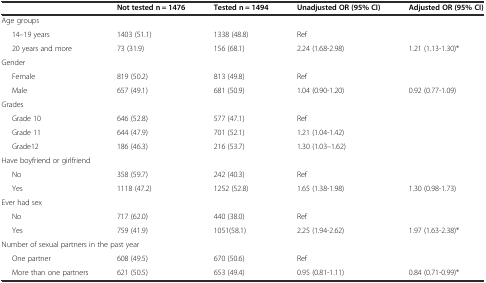
<table><thead><tr><td></td><td><b>Not tested n = 1476</b></td><td><b>Tested n = 1494</b></td><td><b>Unadjusted OR (95% CI)</b></td><td><b>Adjusted OR (95% CI)</b></td></tr></thead><tbody><tr><td>Age groups</td><td></td><td></td><td></td><td></td></tr><tr><td>14–19 years</td><td>1403 (51.1)</td><td>1338 (48.8)</td><td>Ref</td><td></td></tr><tr><td>20 years and more</td><td>73 (31.9)</td><td>156 (68.1)</td><td>2.24 (1.68-2.98)</td><td>1.21 (1.13-1.30)*</td></tr><tr><td>Gender</td><td></td><td></td><td></td><td></td></tr><tr><td>Female</td><td>819 (50.2)</td><td>813 (49.8)</td><td>Ref</td><td></td></tr><tr><td>Male</td><td>657 (49.1)</td><td>681 (50.9)</td><td>1.04 (0.90-1.20)</td><td>0.92 (0.77-1.09)</td></tr><tr><td>Grades</td><td></td><td></td><td></td><td></td></tr><tr><td>Grade 10</td><td>646 (52.8)</td><td>577 (47.1)</td><td>Ref</td><td></td></tr><tr><td>Grade 11</td><td>644 (47.9)</td><td>701 (52.1)</td><td>1.21 (1.04-1.42)</td><td></td></tr><tr><td>Grade12</td><td>186 (46.3)</td><td>216 (53.7)</td><td>1.30 (1.03–1.62)</td><td></td></tr><tr><td colspan="2">Have boyfriend or girlfriend</td><td></td><td></td><td></td></tr><tr><td>No</td><td>358 (59.7)</td><td>242 (40.3)</td><td>Ref</td><td></td></tr><tr><td>Yes</td><td>1118 (47.2)</td><td>1252 (52.8)</td><td>1.65 (1.38-1.98)</td><td>1.30 (0.98-1.73)</td></tr><tr><td>Ever had sex</td><td></td><td></td><td></td><td></td></tr><tr><td>No</td><td>717 (62.0)</td><td>440 (38.0)</td><td>Ref</td><td></td></tr><tr><td>Yes</td><td>759 (41.9)</td><td>1051(58.1)</td><td>2.25 (1.94-2.62)</td><td>1.97 (1.63-2.38)*</td></tr><tr><td colspan="3">Number of sexual partners in the past year</td><td></td><td></td></tr><tr><td>One partner</td><td>608 (49.5)</td><td>670 (50.6)</td><td>Ref</td><td></td></tr><tr><td>More than one partners</td><td>621 (50.5)</td><td>653 (49.4)</td><td>0.95 (0.81-1.11)</td><td>0.84 (0.71-0.99)*</td></tr></tbody></table>